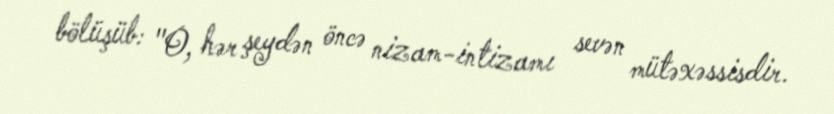
bölüşüb: "O, hər şeydən öncə nizam-intizamı sevən mütəxəssisdir.